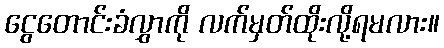
ငွေတောင်းခံလွှာကို လက်မှတ်ထိုးလို့ရမလား။